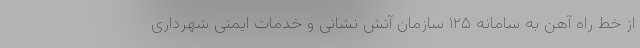
از خط راه آهن به سامانه ١٢۵ سازمان آتش نشانی و خدمات ایمنی شهرداری